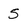
Character: 5